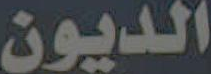
الديون